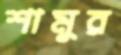
শামুর